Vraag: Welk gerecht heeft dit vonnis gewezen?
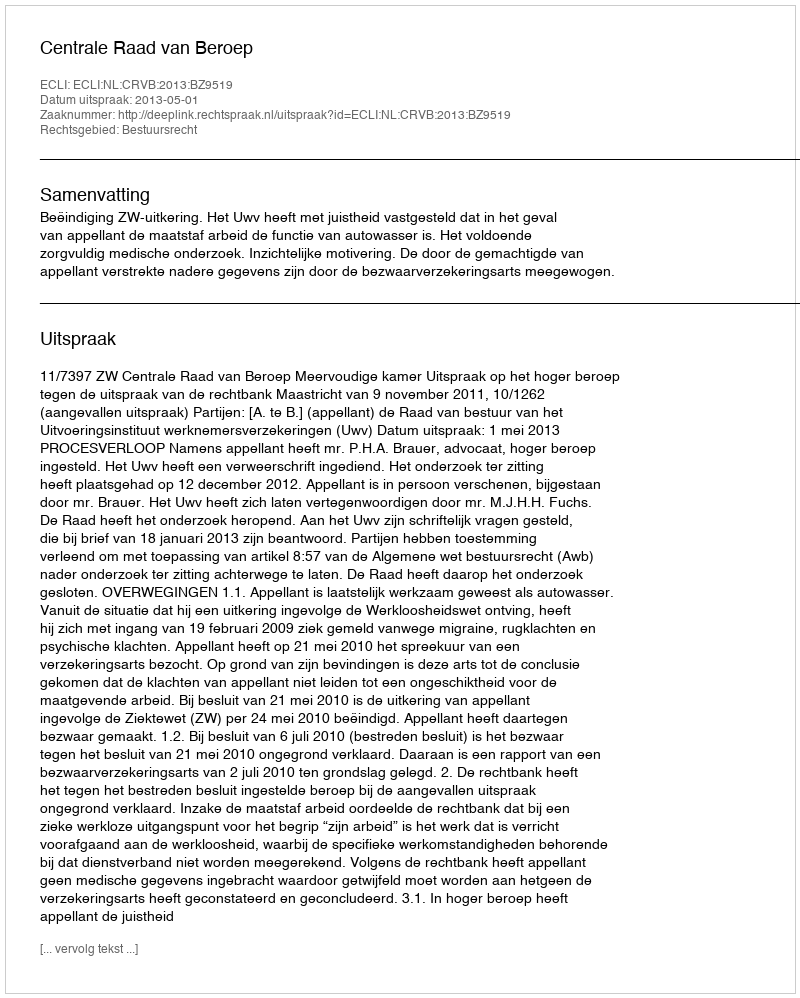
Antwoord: Centrale Raad van Beroep